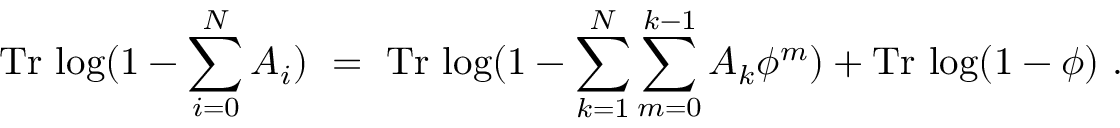
\mathrm { T r } \, \log ( 1 - \sum _ { i = 0 } ^ { N } A _ { i } ) ~ = ~ \mathrm { T r } \, \log ( 1 - \sum _ { k = 1 } ^ { N } \sum _ { m = 0 } ^ { k - 1 } A _ { k } \phi ^ { m } ) + \mathrm { T r } \, \log ( 1 - \phi ) ~ .